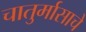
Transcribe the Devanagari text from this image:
चातुर्मासाचे